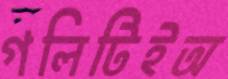
গলিটিইঅ